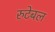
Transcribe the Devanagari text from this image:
रुटेबल